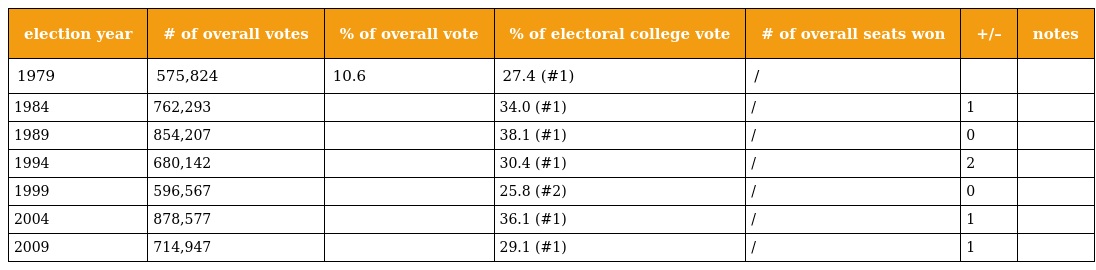
| election year | # of overall votes | % of overall vote | % of electoral college vote | # of overall seats won | +/– | notes |
 | --- | --- | --- | --- | --- | --- | --- |
 | 1979 | 575,824 | 10.6 | 27.4 (#1) | / |  |  |
 | 1984 | 762,293 |  | 34.0 (#1) | / | 1 |  |
 | 1989 | 854,207 |  | 38.1 (#1) | / | 0 |  |
 | 1994 | 680,142 |  | 30.4 (#1) | / | 2 |  |
 | 1999 | 596,567 |  | 25.8 (#2) | / | 0 |  |
 | 2004 | 878,577 |  | 36.1 (#1) | / | 1 |  |
 | 2009 | 714,947 |  | 29.1 (#1) | / | 1 |  |